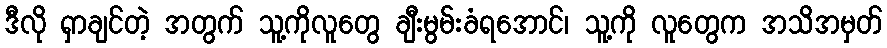
ဒီလို ရှာချင်တဲ့ အတွက် သူ့ကိုလူတွေ ချီးမွမ်းခံရအောင်၊ သူ့ကို လူတွေက အသိအမှတ်